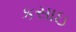
કસાઇ